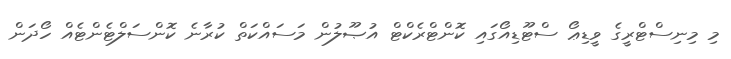
މި މިނިސްޓްރީގެ ވީޑިޢޯ ސްޓޫޑިއޯގައި ކޮންޓްރެކްޓް އުޞޫލުން މަސައްކަތް ކުރާނެ ކޮންސަލްޓެންޓެއް ހޯދަން